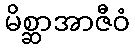
မိစ္ဆာအာဇီဝံ